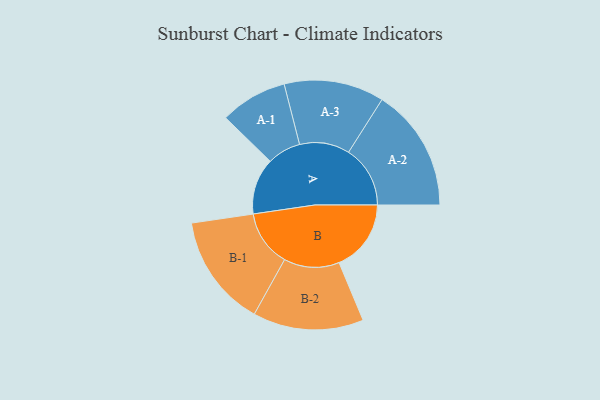
{"axis": {"x": "Segment", "y": "Value"}, "legend": ["", "A", "B"], "data": [{"x": "A", "y": 243, "type": ""}, {"x": "B", "y": 311, "type": ""}, {"x": "A-1", "y": 145, "type": "A"}, {"x": "A-2", "y": 266, "type": "A"}, {"x": "A-3", "y": 216, "type": "A"}, {"x": "B-1", "y": 243, "type": "B"}, {"x": "B-2", "y": 239, "type": "B"}]}